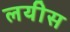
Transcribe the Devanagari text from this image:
लयीस